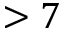
> 7